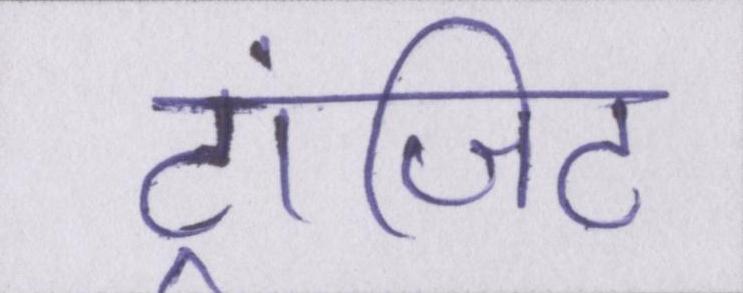
ट्रांजिट